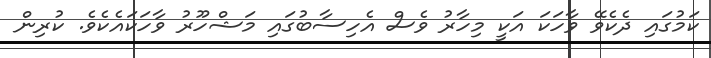
ކަމުގައި ދެކެވޭ ވާހަކަ އަކީ މިހާރު ވެސް އެހިސާބުގައި މަޝްހޫރު ވާހަކައެކެވެ. ކުރިން